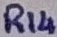
Text: R14